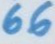
66